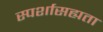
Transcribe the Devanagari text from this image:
स्पर्शासह्यता